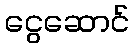
ငွေဆောင်